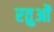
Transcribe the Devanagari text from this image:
रतुओं